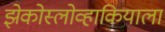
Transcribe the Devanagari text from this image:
झेकोस्लोव्हाकियाला